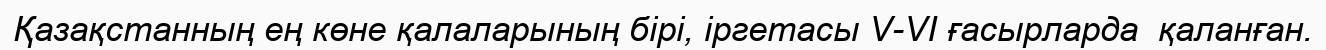
Қазақстанның ең көне қалаларының бірі, іргетасы V-VІ ғасырларда  қаланған.